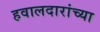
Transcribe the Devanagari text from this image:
हवालदारांच्या